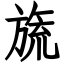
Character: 旒